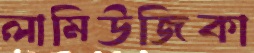
লামিউজিকা